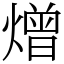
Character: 熷